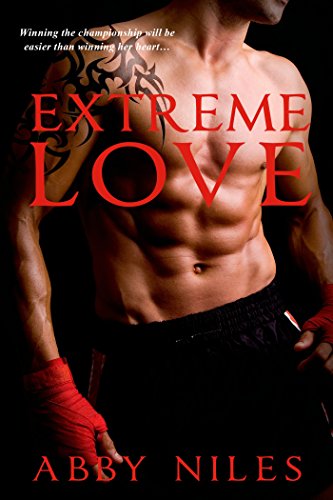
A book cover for Extreme Love (Love to the Extreme); Abby Niles; Sports & Outdoors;